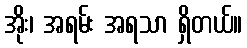
အိုး၊ အရမ်း အရသာ ရှိတယ်။